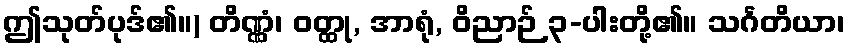
ဤသုတ်ပုဒ်၏။) တိဏ္ဏံ၊ ဝတ္ထု, အာရုံ, ဝိညာဉ် ၃-ပါးတို့၏။ သင်္ဂတိယာ၊